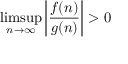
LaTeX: \operatorname* { l i m s u p } _ { n \to \infty } \left| { \frac { f ( n ) } { g ( n ) } } \right| > 0